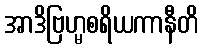
အာဒိဗြဟ္မစရိယကာနီတိ